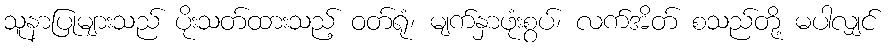
သူနာပြုများသည် ပိုးသတ်ထားသည့် ဝတ်ရုံ၊ မျက်နှာဖုံးစွပ်၊ လက်အိတ် စသည်တို့ မပါလျှင်